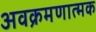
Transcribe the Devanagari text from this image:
अवक्रमणात्मक